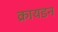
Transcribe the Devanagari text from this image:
क्रायडन